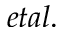
e t a l .